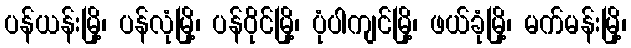
ပန်ယန်းမြို့၊ ပန်လုံမြို့၊ ပန်ဝိုင်မြို့၊ ပုံပါကျင်မြို့၊ ဖယ်ခုံမြို့၊ မက်မန်းမြို့၊